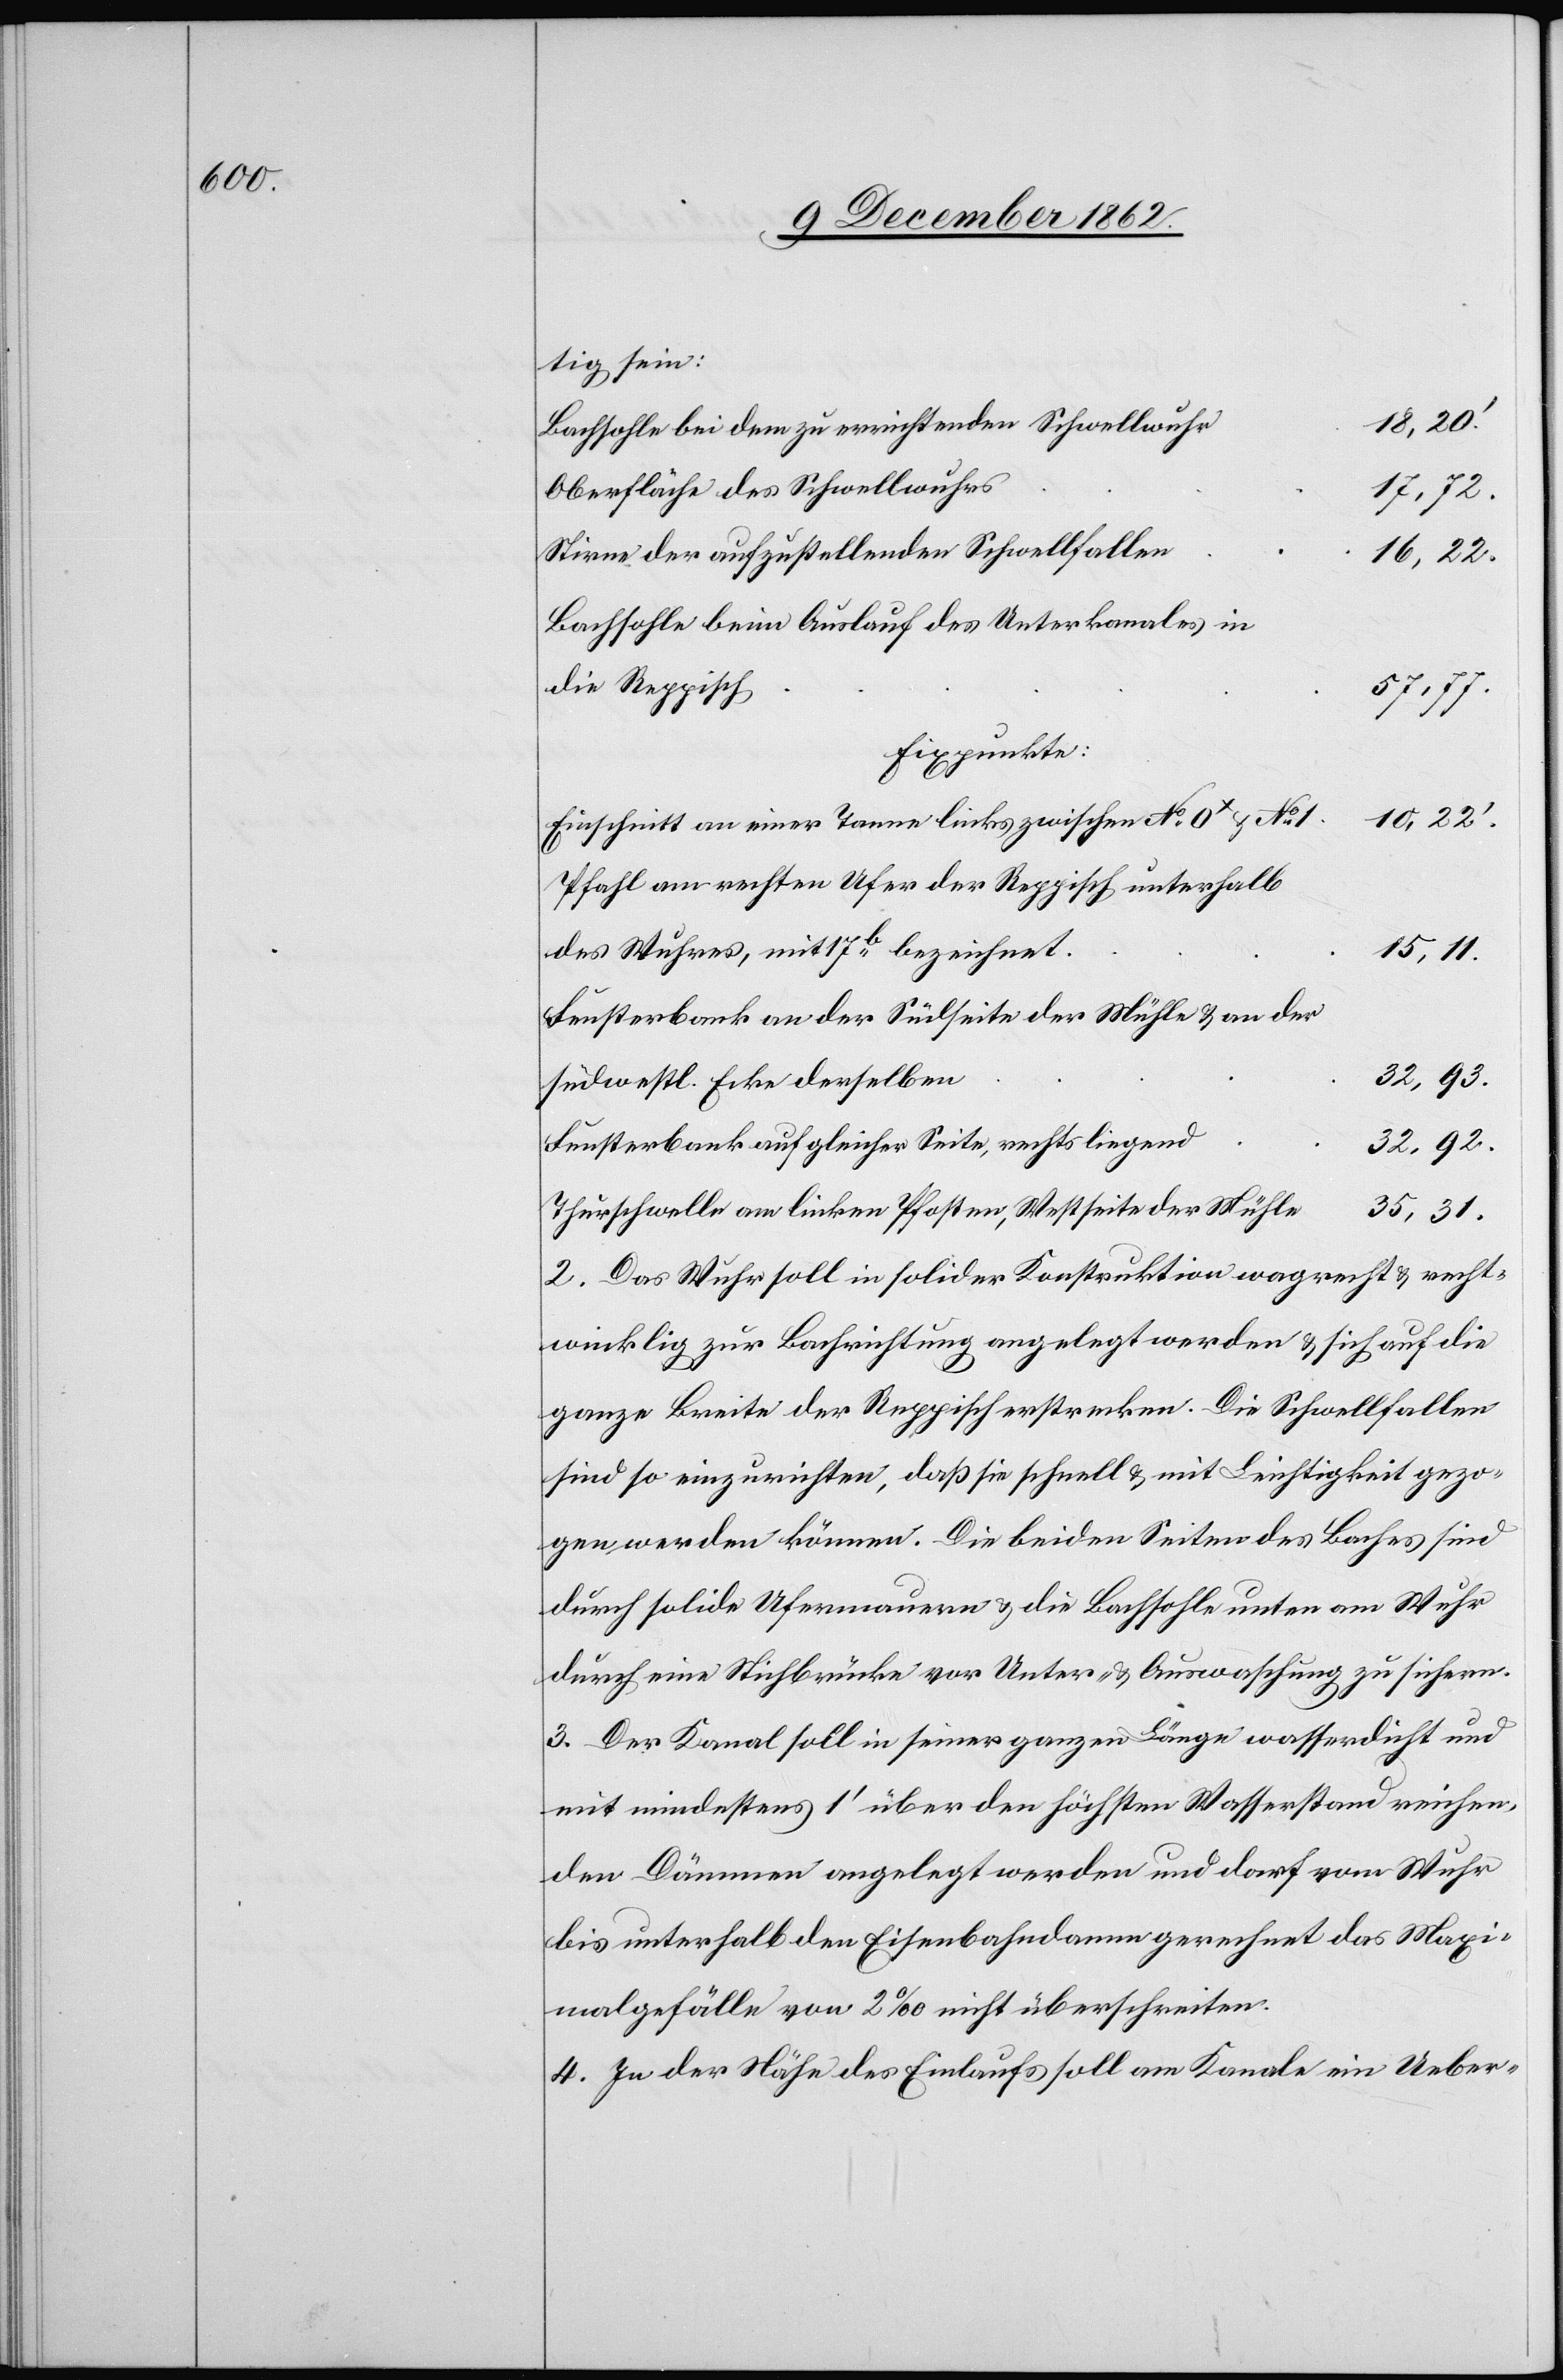
tig sein:
Bachsohle bei dem zu errichtenden Schwellwuhr
Oberfläche des Schwellwuhrs
17,72.
Stirne der aufzustellenden Schwellfallen
16,22.
Bachsohle beim Auslauf des Unterkanales in
die Reppisch
57,77.
Fixpunkte:
10,22’
Einschnitt an einer Tanne links zwischen No 0x No1
Pfahl am rechten Ufer der Reppisch unterhalb
des Wuhres mit 17b bezeichnet
15,11.
Fensterbank an der Südseite der Mühle u. an der
32,93.
südwestl. Ecke derselben
Fensterbank auf gleicher Seite, rechts liegend
32,92.
Thürschwelle am linken Pfosten, Westseite der Mühle
35,31.
2. Das Wuhr soll in solider Konstruktion wagrecht u. recht¬
winklig zur Bachrichtung angelegt werden u. sich auf die
ganze Breite der Reppisch erstrecken. Die Schwellfallen
sind so einzurichten, daß sie schnell u. mit Leichtigkeit gezo¬
gen werden können. Die beiden Seiten des Baches sind
durch solide Ufermauern u. die Bachsohle unten am Wuhr
durch eine Stichbrücke vor Unter- u. Auswaschung zu sichern.
3. Der Kanal soll in seiner ganzen Länge wasserdicht und
mit mindestens 1’ über den höchsten Wasserstand reichen,
den Dämmen angelegt werden und darf vom Wuhr
bis unterhalb den Eisenbahndamm gerechnet das Maxi¬
malgefälle von 2‰ nicht überschreiten.
4. In der Nähe des Einlaufs soll am Kanale ein Ueber-